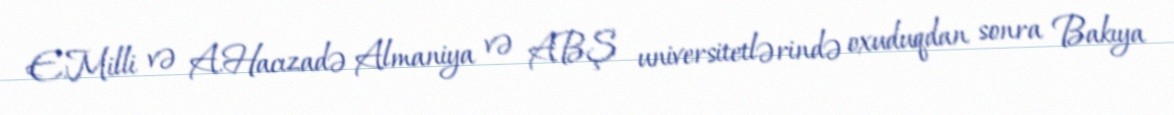
E.Milli və A.Hacızadə Almaniya və ABŞ universitetlərində oxuduqdan sonra Bakıya